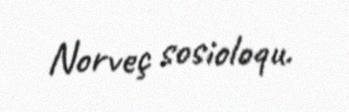
Norveç sosioloqu.